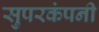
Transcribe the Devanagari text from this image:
सुपरकंपनी